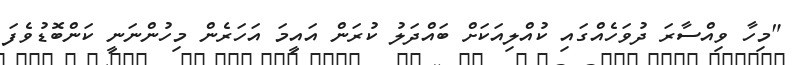
"މިހާ ވިއްސާރަ ދުވަހެއްގައި ކުއްލިއަކަށް ބައްދަލު ކުރަން އައީމަ އަހަރެން މިހުންނަނީ ކަންބޮޑުވެފަ